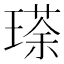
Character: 瑹